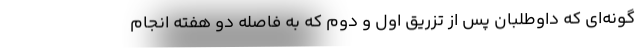
گونه‌ای که داوطلبان پس از تزریق اول و دوم که به فاصله دو هفته انجام